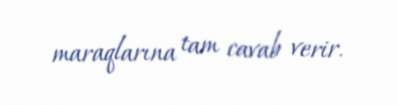
maraqlarına tam cavab verir.